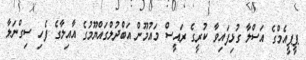
ޕީޕީއެމްގެ އަސްލާ ގުޅިފައިވާ ކުރީގެ ރައީސް މައުމޫން އަބްދުލްގައްޔޫމުގެ އާއިލާގެ ފެހި ސިގްނަލާ